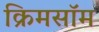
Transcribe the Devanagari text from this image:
क्रिमसॉम